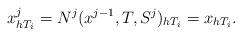
\begin{align*} x^j_{h T_i} = N^j(x^{j-1},T,S^j)_{h T_i} = x_{h T_i}. \end{align*}